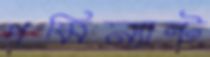
প্রমিন্যান্ট